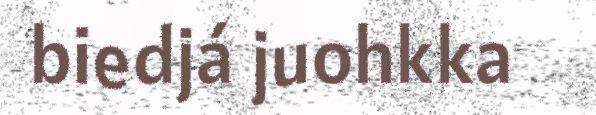
biedjá juohkka